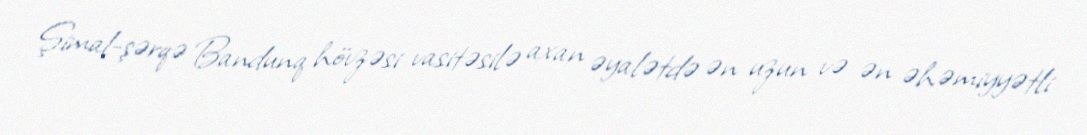
Şimal-şərqə Bandunq hövzəsi vasitəsilə axan əyalətdə ən uzun və ən əhəmiyyətli